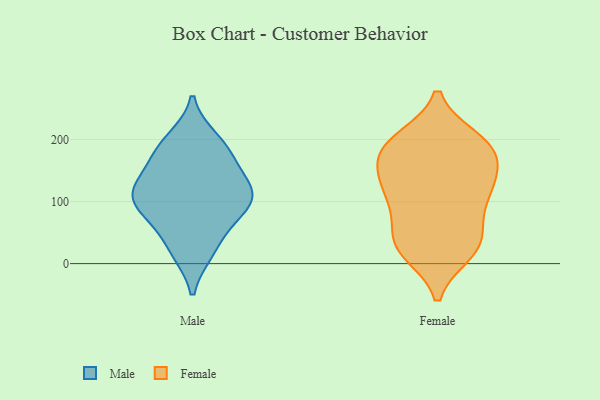
{"axis": {"x": "Satisfaction Score", "y": "Value"}, "legend": ["Female", "Male"], "data": [{"x": "", "y": 77, "type": "Male"}, {"x": "", "y": 113, "type": "Male"}, {"x": "", "y": 102, "type": "Male"}, {"x": "", "y": 116, "type": "Male"}, {"x": "", "y": 191, "type": "Male"}, {"x": "", "y": 68, "type": "Male"}, {"x": "", "y": 130, "type": "Male"}, {"x": "", "y": 23, "type": "Male"}, {"x": "", "y": 173, "type": "Male"}, {"x": "", "y": 98, "type": "Male"}, {"x": "", "y": 118, "type": "Male"}, {"x": "", "y": 200, "type": "Male"}, {"x": "", "y": 166, "type": "Male"}, {"x": "", "y": 20, "type": "Male"}, {"x": "", "y": 195, "type": "Female"}, {"x": "", "y": 174, "type": "Female"}, {"x": "", "y": 27, "type": "Female"}, {"x": "", "y": 159, "type": "Female"}, {"x": "", "y": 96, "type": "Female"}, {"x": "", "y": 189, "type": "Female"}, {"x": "", "y": 142, "type": "Female"}, {"x": "", "y": 122, "type": "Female"}, {"x": "", "y": 122, "type": "Female"}, {"x": "", "y": 196, "type": "Female"}, {"x": "", "y": 125, "type": "Female"}, {"x": "", "y": 21, "type": "Female"}, {"x": "", "y": 31, "type": "Female"}, {"x": "", "y": 200, "type": "Female"}, {"x": "", "y": 18, "type": "Female"}, {"x": "", "y": 62, "type": "Female"}, {"x": "", "y": 42, "type": "Female"}, {"x": "", "y": 99, "type": "Female"}, {"x": "", "y": 179, "type": "Female"}]}